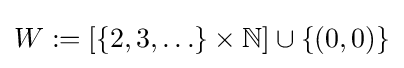
W:=[\{2,3,\ldots \}\times \mathbb {N} ]\cup \{(0,0)\}